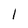
Character: l